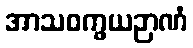
အာသဝက္ခယဉာဏံ